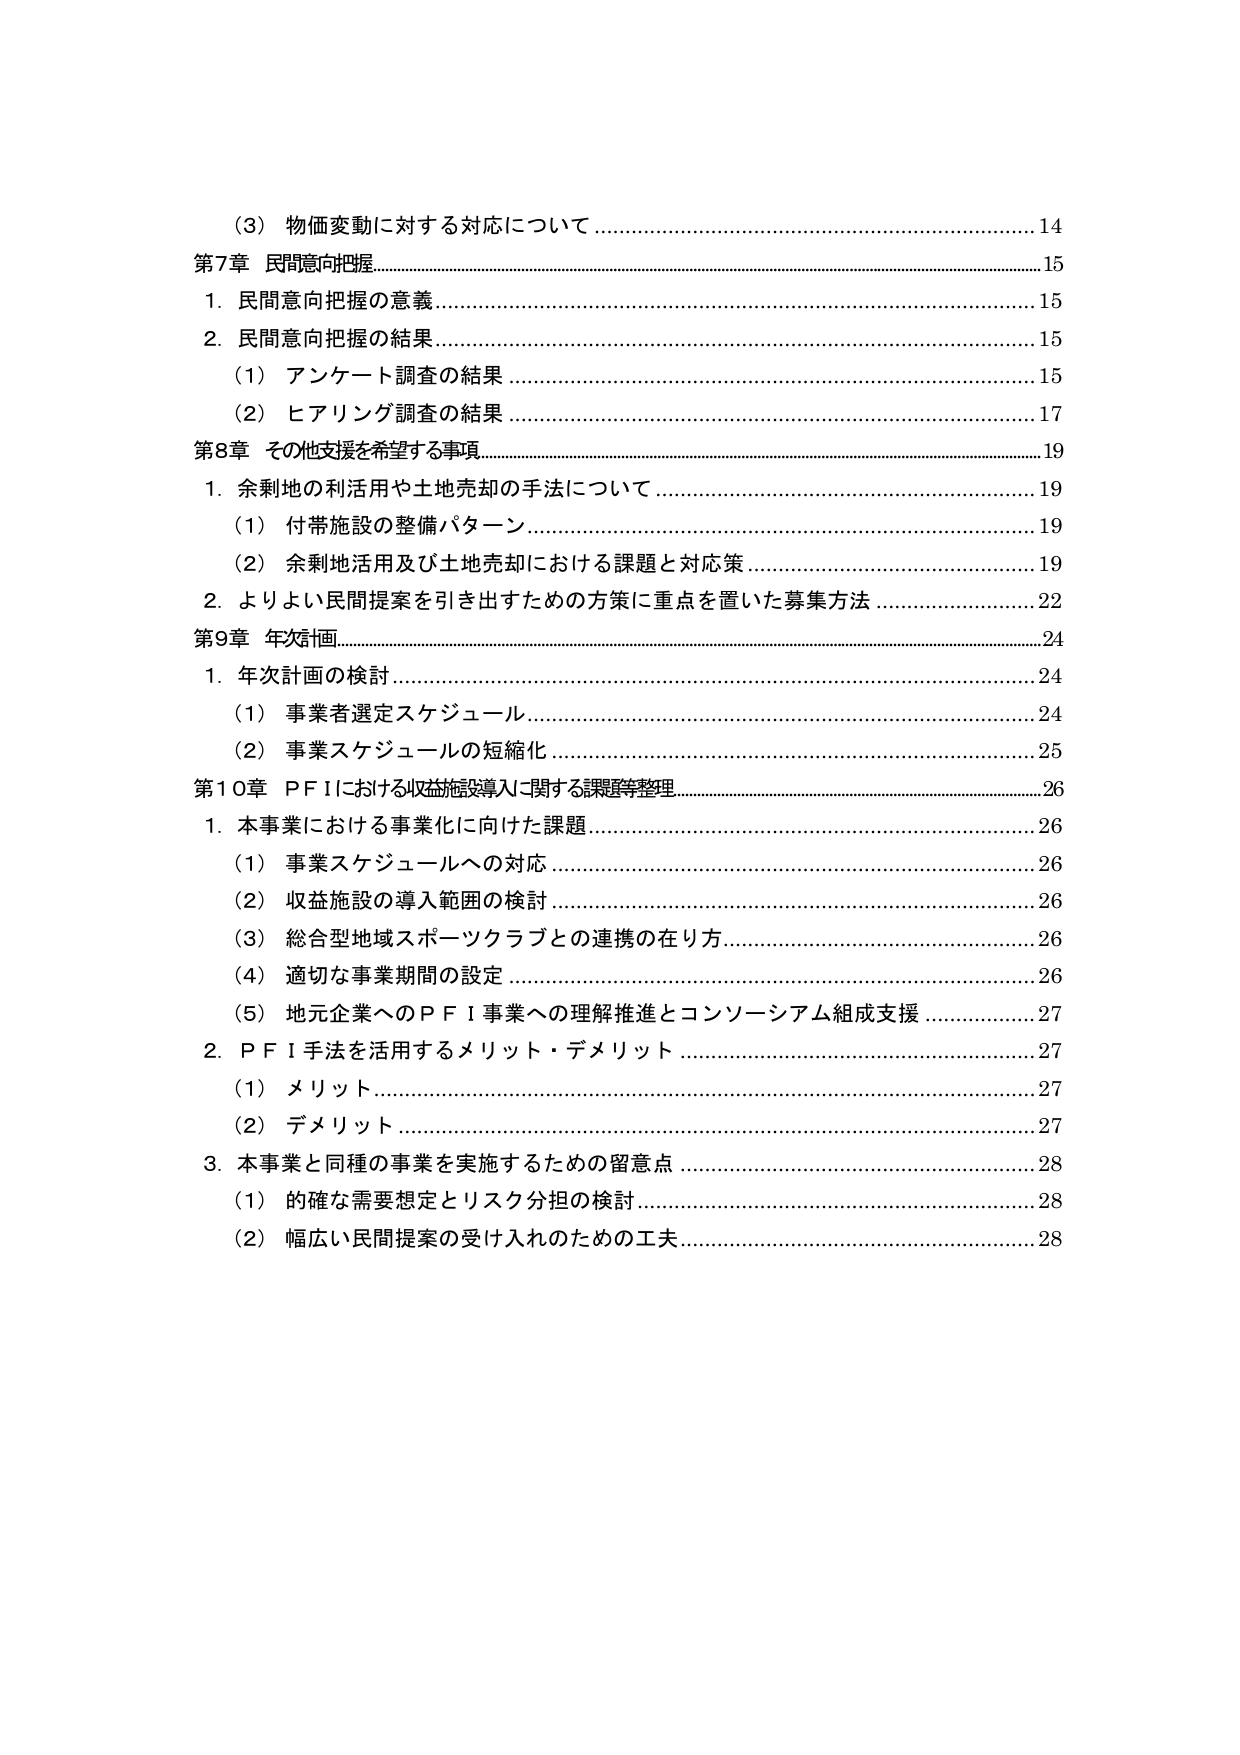
（3） 物価変動に対する対応について …………………………………………………… 14
第7章 民間意向把握 ……………………………………………………………………… 15
　1．民間意向把握の意義 ……………………………………………………………… 15
　2．民間意向把握の結果 ……………………………………………………………… 15
　　（1） アンケート調査の結果 ……………………………………………………… 15
　　（2） ヒアリング調査の結果 ……………………………………………………… 17
第8章 その他支援を希望する事項 …………………………………………………… 19
　1．余剰地の利活用や土地売却の手法について …………………………………… 19
　　（1） 付帯施設の整備パターン …………………………………………………… 19
　　（2） 余剰地活用及び土地売却における課題と対応策 ………………………… 19
　2．よりよい民間提案を引き出すための方策に重点を置いた募集方法 …………… 22
第9章 年次計画 ………………………………………………………………………… 24
　1．年次計画の検討 ………………………………………………………………… 24
　　（1） 事業者選定スケジュール …………………………………………………… 24
　　（2） 事業スケジュールの短縮化 ………………………………………………… 25
第10章 PFIにおける収益施設導入に関する課題等整理 …………………………… 26
　1．本事業における事業化に向けた課題 …………………………………………… 26
　　（1） 事業スケジュールへの対応 ………………………………………………… 26
　　（2） 収益施設の導入範囲の検討 ………………………………………………… 26
　　（3） 総合型地域スポーツクラブとの連携の在り方 ……………………………… 26
　　（4） 適切な事業期間の設定 ……………………………………………………… 26
　　（5） 地元企業へのPFI事業への理解推進とコンソーシアム組成支援 …………… 27
　2．PFI手法を活用するメリット・デメリット …………………………………… 27
　　（1） メリット ……………………………………………………………………… 27
　　（2） デメリット …………………………………………………………………… 27
　3．本事業と同種の事業を実施するための留意点 ………………………………… 28
　　（1） 的確な需要想定とリスク分担の検討 ………………………………………… 28
　　（2） 幅広い民間提案の受け入れのための工夫 …………………………………… 28